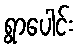
ရွာပေါင်း